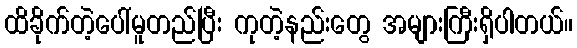
ထိခိုက်တဲ့ပေါ်မူတည်ပြီး ကုတဲ့နည်းတွေ အများကြီးရှိပါတယ်။